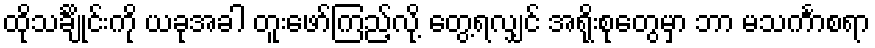
ထိုသင်္ချိုင်းကို ယခုအခါ တူးဖော်ကြည့်လို့ တွေ့ရလျှင် အရိုးစုတွေမှာ ဘာ မသင်္ကာစရာ